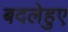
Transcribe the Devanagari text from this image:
बदलेहुए